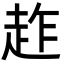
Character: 䞢